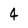
Character: 4